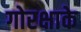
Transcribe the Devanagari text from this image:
गोरक्षाके